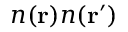
n ( \ensuremath { \mathbf { r } } ) n ( \ensuremath { \mathbf { r } } ^ { \prime } )